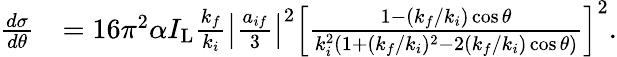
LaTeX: \begin{array}{rl}{\frac{d\sigma}{d\theta}}&{=16\pi^{2}\alpha I_{\mathrm{L}}\frac{k_{f}}{k_{i}}\left\vert\frac{a_{if}}{3}\right\vert^{2}\left[\frac{1-(k_{f}/k_{i})\cos\theta}{k_{i}^{2}(1+(k_{f}/k_{i})^{2}-2(k_{f}/k_{i})\cos\theta)}\right]^{2}.}\end{array}